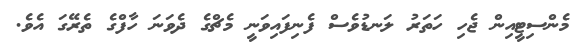
މެންސިޓީއިން ޖެހި ހަތަރު ލަނޑުވެސް ފެނިފައިވަނީ މެޗްގެ ދެވަނަ ހާފްގެ ތެރޭގަ އެވެ.